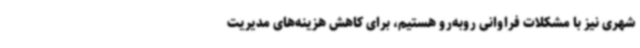
شهری نیز با مشکلات فراوانی روبه‌رو هستیم، برای کاهش هزینه‌های مدیریت